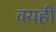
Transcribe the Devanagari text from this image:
वयही